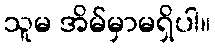
သူမ အိမ်မှာမရှိပါ။